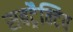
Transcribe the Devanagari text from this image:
सबट्रैक्टिव